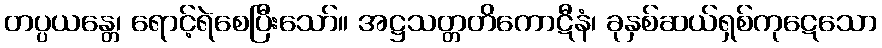
တပ္ပယန္တေ၊ ရောင့်ရဲစေပြီးသော်။ အဋ္ဌသတ္တတိကောဋီနံ၊ ခုနှစ်ဆယ်ရှစ်ကုဋေသော